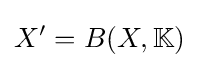
X'=B(X,\mathbb {K} )